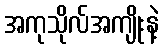
အကုသိုလ်အကျိုးနဲ့